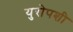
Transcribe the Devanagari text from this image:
युरोपशी